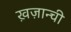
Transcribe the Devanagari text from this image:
ख़ज़ान्ची